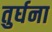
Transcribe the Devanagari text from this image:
तुर्घना